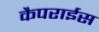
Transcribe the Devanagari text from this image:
कैपराईस